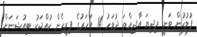
ފުލުހުން ވަނީ މިދިޔަ އާދިއްތަ ދުވަހު 14 އަހަރުގެ ފިރިހެން ކުއްޖަކު ޓިއުޝަނަށް